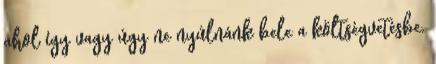
ahol így vagy úgy ne nyúlnánk bele a költségvetésbe.